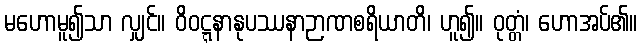
မဟောမူ၍သာ လျှင်။ ဝိဝဋ္ဋနာနုပဿနာဉာဏစရိယာတိ၊ ဟူ၍။ ဝုတ္တံ၊ ဟောအပ်၏။